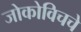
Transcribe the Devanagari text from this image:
जोकोविचचे